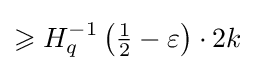
\geqslant H_{q}^{-1}\left({\tfrac {1}{2}}-\varepsilon \right)\cdot 2k